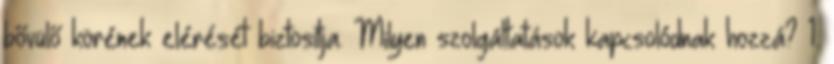
bővülő körének elérését biztosítja. Milyen szolgáltatások kapcsolódnak hozzá? 1.